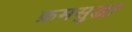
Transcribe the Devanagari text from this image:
क्रमसुद्धा